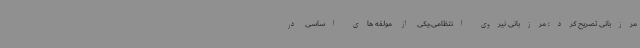
مرزبانی تصریح کرد: مرزبانی نیروی انتظامی،یکی از مولفه های اساسی در